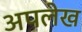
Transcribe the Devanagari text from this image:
अपलेख